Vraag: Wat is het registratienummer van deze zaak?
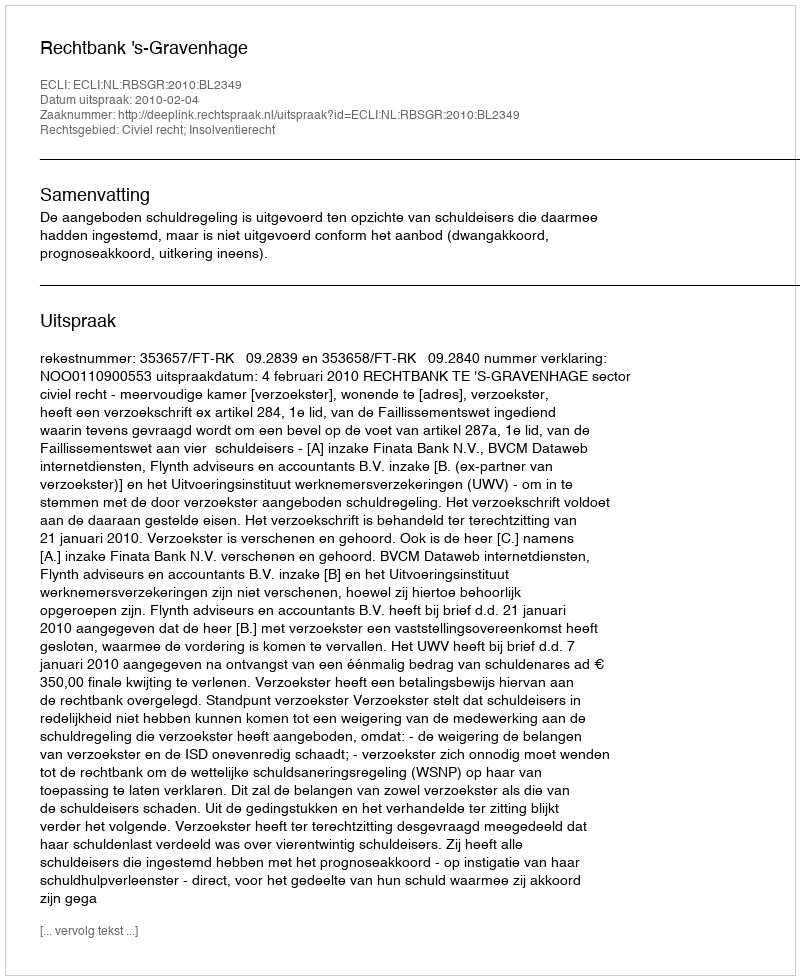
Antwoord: http://deeplink.rechtspraak.nl/uitspraak?id=ECLI:NL:RBSGR:2010:BL2349